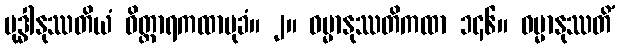
ဗုဒ္ဓါနုဿတိယံ ဝိတ္ထာရကထာမုခံ။ ၂။ ဓမ္မာနုဿတိကထာ ၁၄၆။ ဓမ္မာနုဿတိံ